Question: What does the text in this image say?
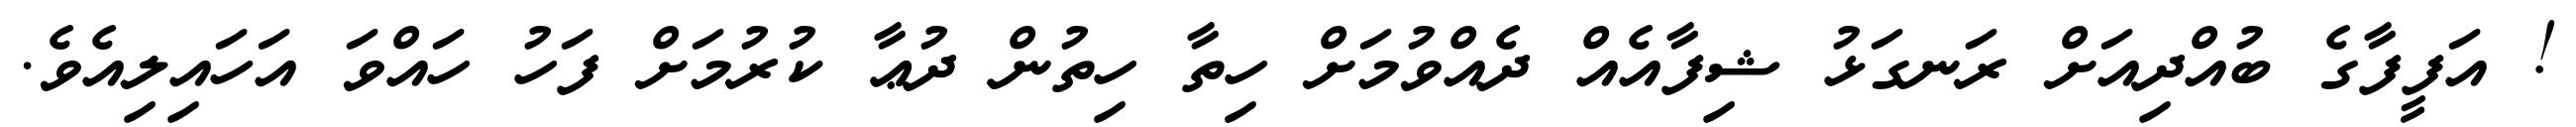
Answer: ! އަފީފާގެ ބުއްދިއަށް ރަނގަޅު ޝިފާއެއް ދެއްވުމަށް ހިތާ ހިތުން ދުޢާ ކުރުމަށް ފަހު ހައްވަ އަހައިލިއެވެ.